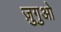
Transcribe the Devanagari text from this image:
ज़ुगुओ